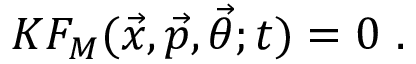
K F _ { M } ( { \vec { x } } , { \vec { p } } , { \vec { \theta } } ; t ) = 0 \ .